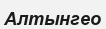
Алтынгео